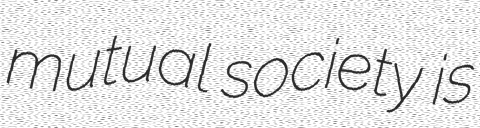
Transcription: mutual society is